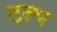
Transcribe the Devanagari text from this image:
टल्प